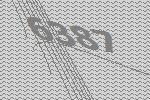
6387